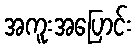
အကူးအပြောင်း